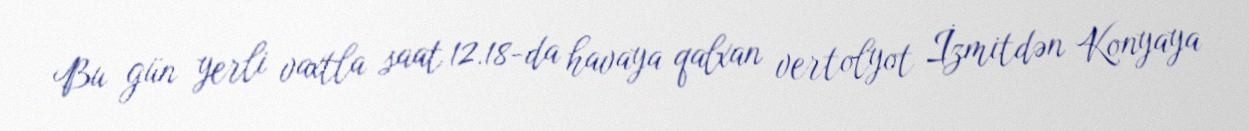
Bu gün yerli vaxtla saat 12.18-da havaya qalxan vertolyot İzmitdən Konyaya